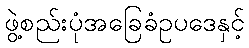
ဖွဲ့စည်းပုံအခြေခံဥပဒေနှင့်